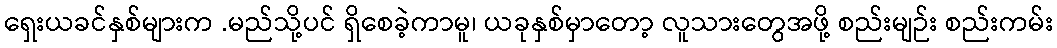
ရှေးယခင်နှစ်များက .မည်သို့ပင် ရှိစေခဲ့ကာမူ၊ ယခုနှစ်မှာတော့ လူသားတွေအဖို့ စည်းမျဉ်း စည်းကမ်း